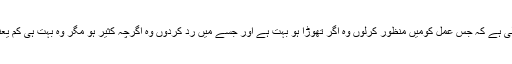
توریت شریف میں ارشاد باری تعالیٰ ہے کہ جس عمل کومیں منظور کرلوں وہ اگر تھوڑا ہو بہت ہے اور جسے میں رد کردوں وہ اگرچہ کثیر ہو مگر وہ بہت ہی کم یعنی اس کی کوئی قدر و قیمت نہیں ۔